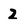
Character: 2